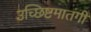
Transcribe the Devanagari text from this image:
उच्छिष्टमातंगी